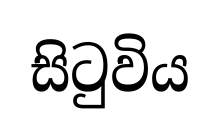
සිටුවිය